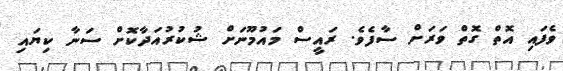
ވެފައި އޮތް ގޮތް ވަރަށް ސާފެވެ. ރައީސް މައުމޫނަށް ޝުކުރުއަދާކޮށް ސަނާ ކިޔައި